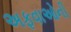
અફવાઓની